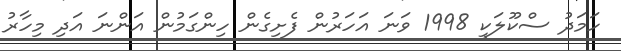
ހަމަދު ސްކޫލަކީ 1998 ވަނަ އަހަރުން ފެށިގެން ހިންގަމުން އަންނަ އަދި މިހާރު